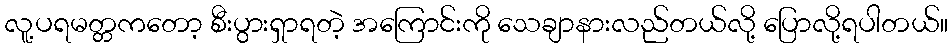
လူ့ပရမတ္တကတော့ စီးပွားရှာရတဲ့ အကြောင်းကို သေချာနားလည်တယ်လို့ ပြောလို့ရပါတယ်။